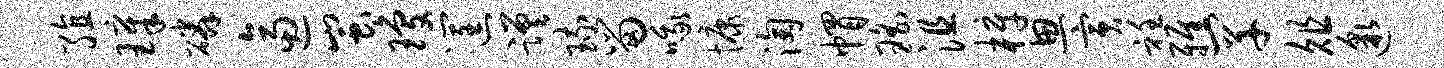
殖璋磷逼蚩琼筐蹉琉留哦慷淘帽瑶沮梓思寅衽雅罕俎邈